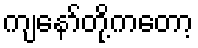
ကျနော်တို့ကတော့